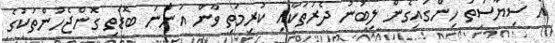
އެ ސިޔާސަތު ހިންގައިގެން ލިބުނު ދެރަތަކާއި ކުރިމަތި ވާން އަންނަ ބޮޑެތި ގޮންޖެހުންތަކުގެ